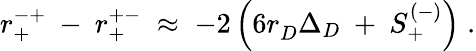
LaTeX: r_{+}^{-+}~-~r_{+}^{+-}\; \approx\; -2\left(6r_{D}^{~}\Delta_{D}~+~S_{+}^{(-)}\right)\; .